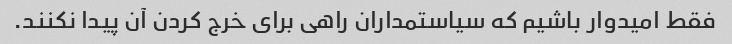
فقط امیدوار باشیم که سیاستمداران راهی برای خرج کردن آن پیدا نکنند.